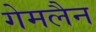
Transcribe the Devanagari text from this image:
गेमलैन